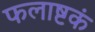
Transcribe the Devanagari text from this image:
फलाष्टकं